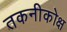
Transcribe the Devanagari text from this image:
तकनीकोक्ष